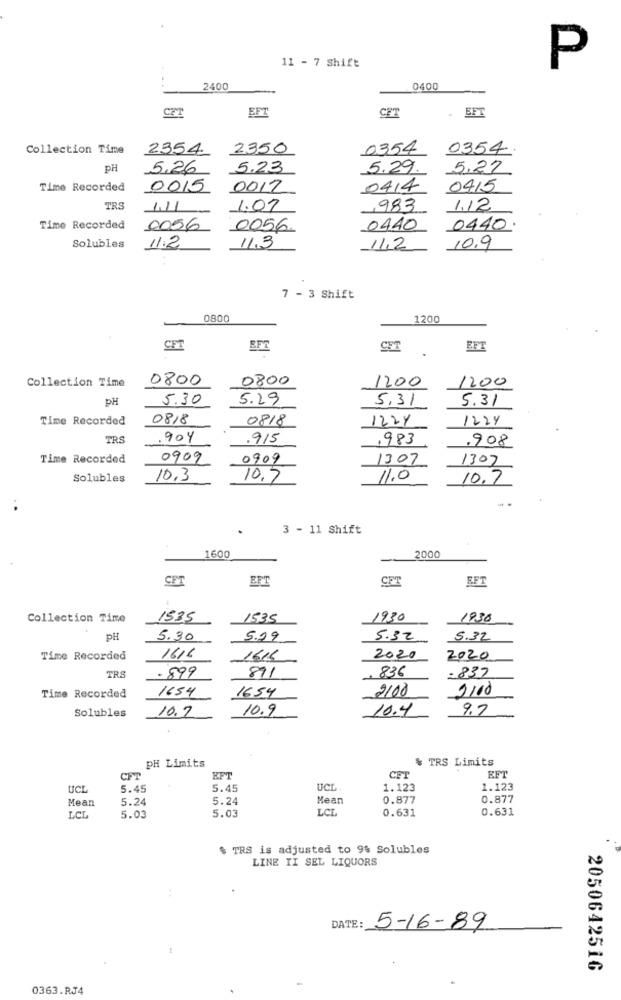
11 - 7 Shift
P
2400
0400
EFT
CET
CET
EFT
Collection Time
2354
2350
0354
0354
PH
5.26
5.23
5.29.
5.27
Time Recorded
0015
0012
0414
0415
TRS
1.07
,983
1.12
Time Recorded
0056
0056
0440
0440
Solubles
11.2
11.3
11,2
10.9
7 - 3 Shift
0800
1200
CFT
CET
EFT
Collection Time
0800
0800
1200
1200
PH
5.30
5.29
5.31
5.31
Time Recorded
0818
0818
1224
1224
TRS
.904
.915
,983
.908
Time Recorded
0909
0909
1307
1307
Solubles
10.3
10.7
11.0
10.7
3 - 11 Shift
1600
2000
CFT
EFT
CFT
EFT
Collection Time
1535
1535
1930
1930
pH
5.30
5.29
5.32
5.32
Time Recorded
1616
1616
2020
2020
TRS
.899
836
=837
891
1654
1654
2100
2110
Time Recorded
Solubles
10.7
10.9
10.4
9.7
PH Limits
% TRS Limits
EFT
EFT
CET
UCL
5.45
5.45
UCL
1.123
1.123
Mean
5.24
5.24
Mean
0.877
0.877
5.03
LCL
0.631
0.631
LCL
5.03
$ TRS is adjusted to 9% Solubles
LINE II SEL LIQUORS
DATE:
5-16-89
2050642516
0363.RJ4